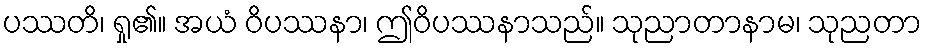
ပဿတိ၊ ရှု၏။ အယံ ဝိပဿနာ၊ ဤဝိပဿနာသည်။ သုညာတာနာမ၊ သုညတာ